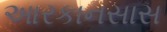
આરકાનસાસ